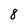
Character: 8